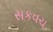
સકવચ